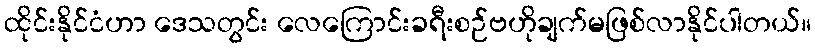
ထိုင်းနိုင်ငံဟာ ဒေသတွင်း လေကြောင်းခရီးစဉ်ဗဟိုချက်မဖြစ်လာနိုင်ပါတယ်။